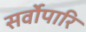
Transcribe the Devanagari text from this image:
सर्वोपारि